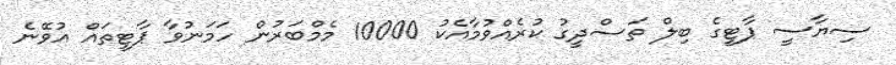
ސިޔާސީ ޕާޓީގެ ބިލް ތަސްދީގު ކުރެއްވުމާއެކު 10000 މެމްބަރުން ހަމަނުވާ ޕާޓީތައް އުވޭނެ